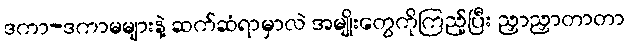
ဒကာ-ဒကာမများနဲ့ ဆက်ဆံရာမှာလဲ အမျိုးတွေကိုကြည့်ပြီး ညှာညှာတာတာ